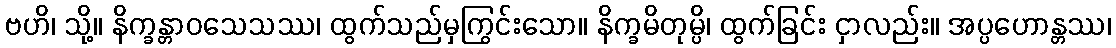
ဗဟိ၊ သို့။ နိက္ခန္တာဝသေသဿ၊ ထွက်သည်မှကြွင်းသော။ နိက္ခမိတုမ္ပိ၊ ထွက်ခြင်း ငှာလည်း။ အပ္ပဟောန္တဿ၊